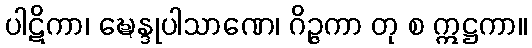
ပါဋိကာ၊ ဍ္ဎေန္ဒုပါသာဏေ၊ ဂိဉ္ဇကာ တု စ ဣဋ္ဌကာ။